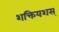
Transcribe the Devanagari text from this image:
शक्तियशस्